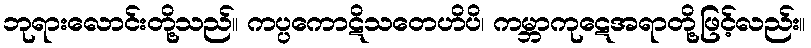
ဘုရားလောင်းတို့သည်။ ကပ္ပကောဋိသတေဟိပိ၊ ကမ္ဘာကုဋေအရာတို့ဖြင့်လည်း။